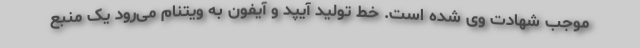
موجب شهادت وی شده است. خط تولید آیپد و آیفون به ویتنام می‌رود یک منبع